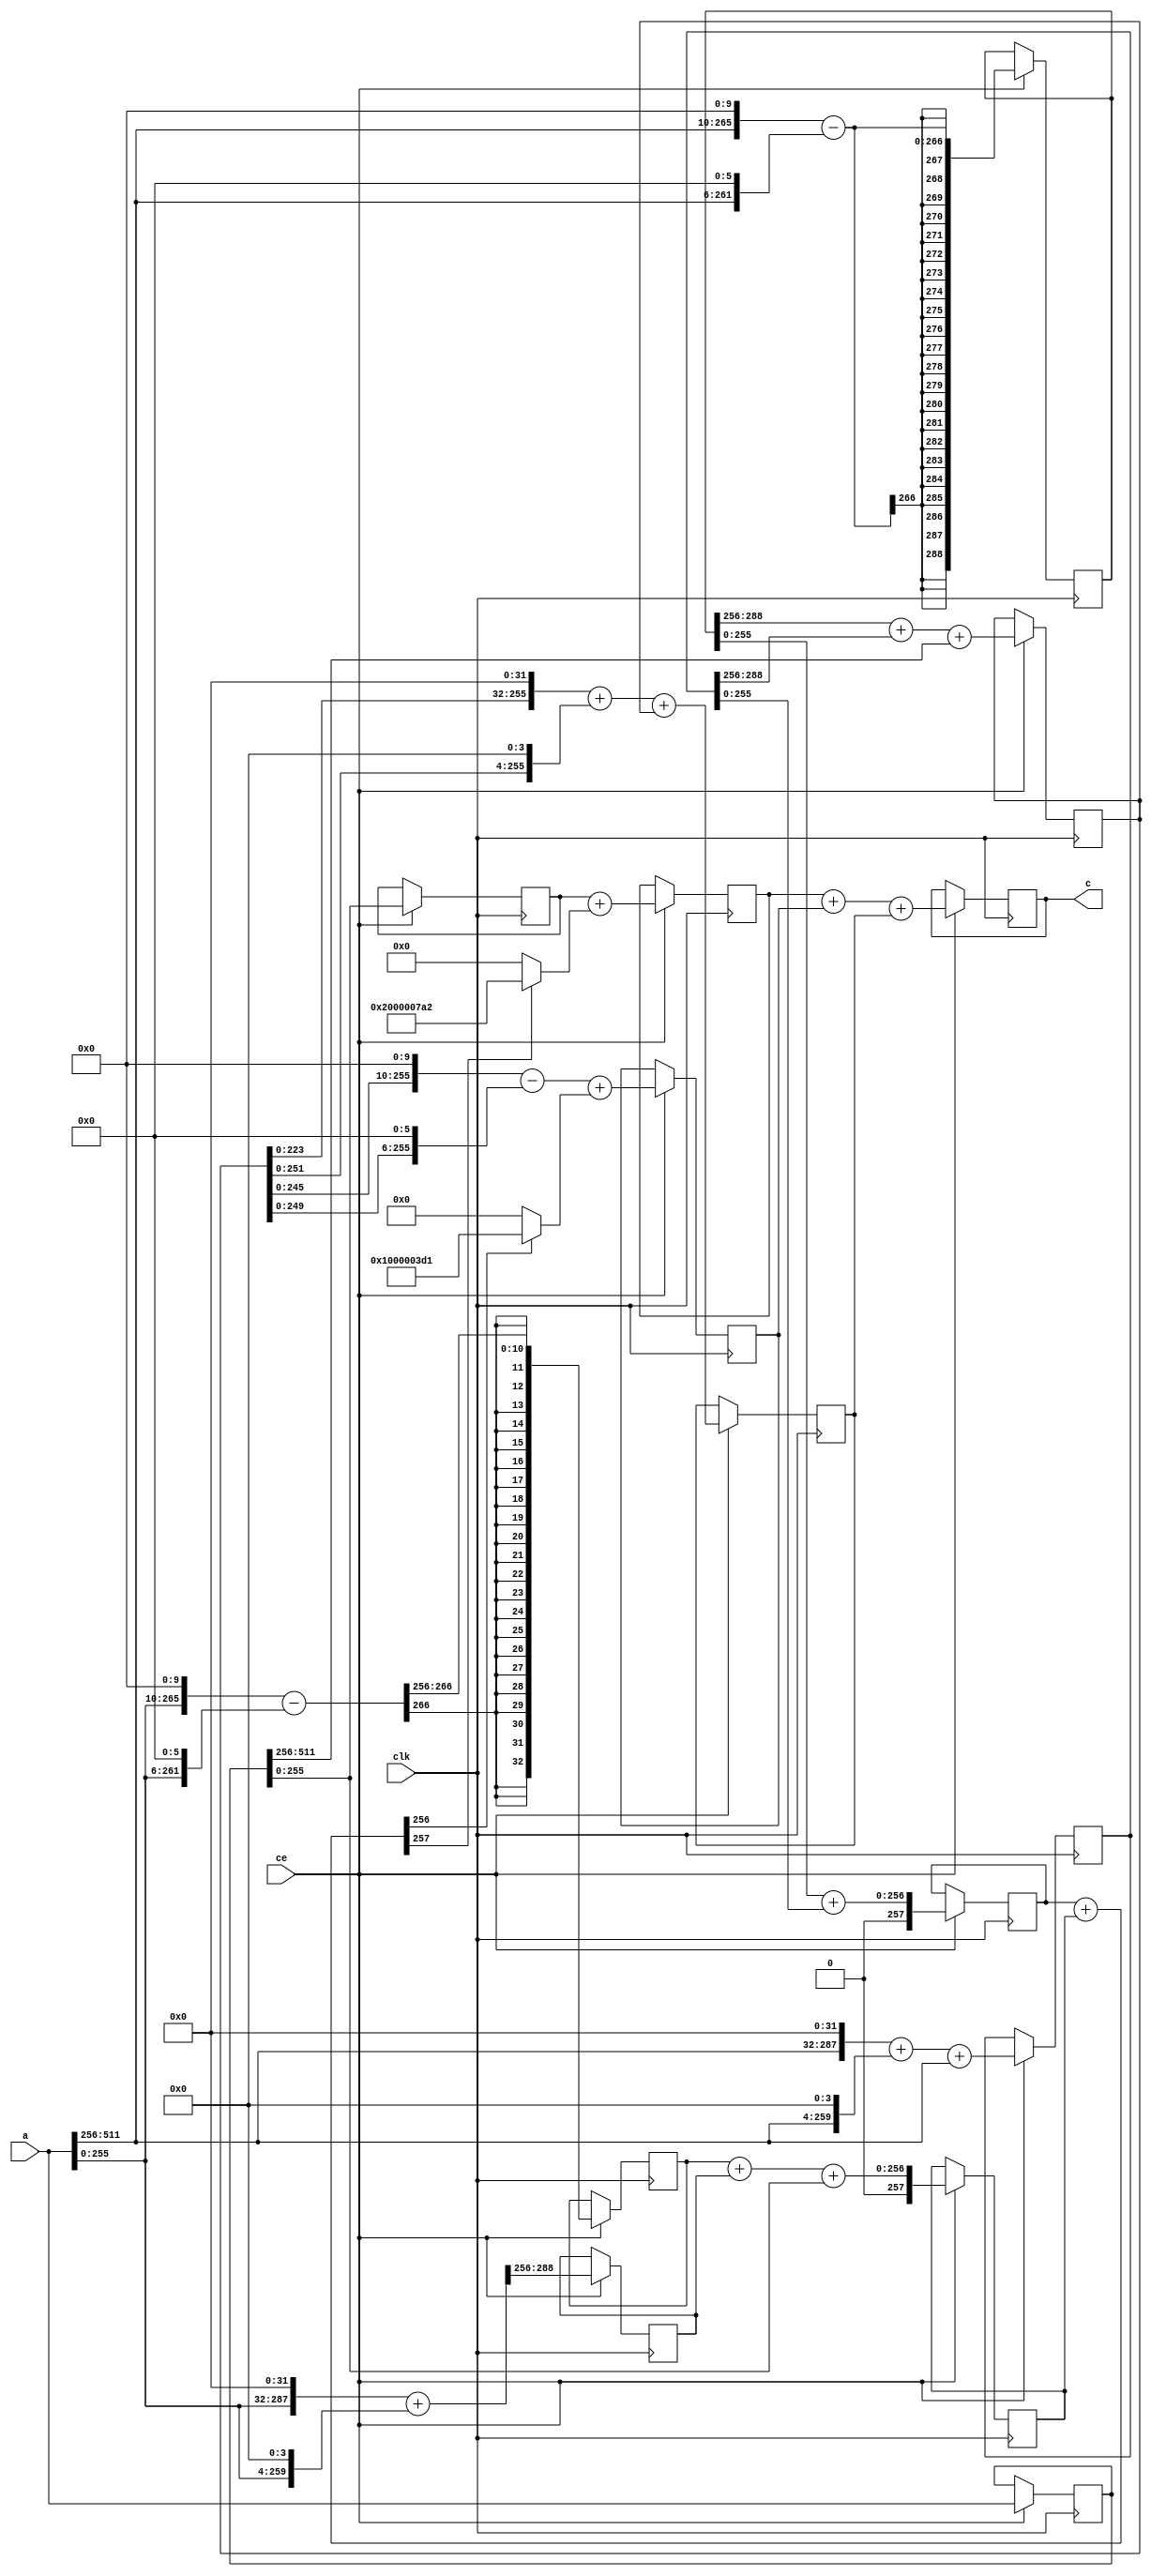
//-------------------------------------------------------------------------------
// Copyright (c) 2017-2021 AsicVault OU
//
//
// Description : High speed 512-bit pipelined secp256k1 modulo prime accelerator
//               https://en.bitcoin.it/wiki/Secp256k1
//
// License     : Solderpad Hardware License v2.1 with Commons Clause, LICENSE.md
//
//
// Pr = 1 00000000 00000000 00000000 00000000 00000000 00000000 00000001 000003D1 
//    = 2^256 + 2^32 +  2^9 + 2^8 + 2^7 + 2^6 + 2^4 + 2^0
//    = 2^256 + 2^32 + 2^10 - 2^6 + 2^4 + 2^0
//
// C = A - (A_high*Pr)>>256 * P {- P} {- P}
// Y = (A_high*Pr)>>256
// C = A - Y*P {- P}
//
//-------------------------------------------------------------------------------

module mod_secp256k1_prime_exact #(parameter p=256) (
	input 			    clk,
	input               ce,
	input	[p*2-1:0]   a,      // 512-bit input
	output  [p-1:0]     c
);

	reg	[p+32:0]    yA;
	reg	[p+32:0]    yB;
	reg	[p*2-1:0]   ar;
	reg	[32:0]      zA;
	reg	[32:0]      zB;

	reg	[p-1:0]     y;
	reg	[p+1:0]     z_plusA;
	reg	[p+1:0]     z_plusB;
	reg	[p-1:0]     ar2;

	reg [p-1:0]     p_plusA;
	reg [p-1:0]     p_plusB;
	reg	[p-1:0]     ar3;

	reg [p-1:0] cr;

    assign c = cr;

    wire [p+32:0] ywA   = {a[p*2-1:p],10'b0} - {a[p*2-1:p],6'b0};				// A_high
    wire [p+32:0] ywB   = {a[p*2-1:p],32'b0} + {a[p*2-1:p],4'b0} + a[p*2-1:p];	// A_high

    wire [p+32:0] zwA   = {a[p-1:0],10'b0} - {a[p-1:0],6'b0};					// A_low
    wire [p+32:0] zwB   = {a[p-1:0],32'b0} + {a[p-1:0],4'b0};

    wire [p+1:0] z_plus = z_plusA + z_plusB;

	always @(posedge clk)
		if (ce) begin
            yA <= ywA;
            yB <= ywB;
            ar <= a;
            zA <= zwA[p+32:p];
            zB <= zwB[p+32:p];

            y <= yA[p+32:p] + yB[p+32:p] + ar[p*2-1:p];
            ar2 <= ar[p-1:0];                           // low part only
            z_plusA <= yA[p-1:0] + yB[p-1:0];           // 256+2 bits
            z_plusB <= zA + zB + ar[p-1:0]; 			// (ar_low<<256 + zwA + zwB )>>256
   
            // P = 2^256 - 2^32 - 2^9 - 2^8 - 2^7 - 2^6 - 2^4 - 2^0
            p_plusA <= {y,10'b0} - {y,6'b0} + (z_plus[p] ? 33'h1000003D1 : 0);
            p_plusB <= {y,32'b0} + {y,4'b0} + y;
            ar3 <= ar2 + (z_plus[p+1] ? 34'h2000007A2 : 0);

            cr <= ar3 + p_plusA + p_plusB; 
		end

endmodule

module mod_secp256k1_prime_simple #(parameter p=256, parameter exact=1) (
	input 			    clk,
	input               ce,
	input	[p*2-1:0]   a,      // 512-bit input
	output  [p+2-1:0]   c
);

	reg	[32:0]      yA;
	reg	[32:0]      yB;
	reg	[p*2-1:0]   ar;

	reg	[p-1:0]     y;
	reg	[p*2-1:0]   ar2;

	reg [p+32:0]    p_plusA;
	reg [p+32:0]    p_plusB;
	reg	[p*2-1:0]   ar3;

	reg [p+2-1:0] cr;
	reg [p+2-1:0] crr;
	
    assign c = exact? {2'b0,crr[p-1:0]} : cr;   // assign smallest cr vs cr2

    wire [p+32:0] ywA   = {a[p*2-1:p],10'b0} - {a[p*2-1:p],6'b0};				// A_high
    wire [p+32:0] ywB   = {a[p*2-1:p],32'b0} + {a[p*2-1:p],4'b0} + a[p*2-1:p];	// A_high

	always @(posedge clk)
		if (ce) begin

            yA <= ywA[p+32:p];
            yB <= ywB[p+32:p];
            ar <= a;

            y <= ar[p*2-1:p] + yA + yB;
            ar2 <= ar;

            // P = 2^256 - 2^32 - 2^9 - 2^8 - 2^7 - 2^6 - 2^4 - 2^0
            p_plusA <= {y,10'b0} - {y,6'b0};
            p_plusB <= {y,32'b0} + {y,4'b0} + y;
            ar3 <= ar2 - {y,256'b0};

            cr <= ar3 + p_plusA + p_plusB;

            crr <= cr + ( cr >= 258'h0FFFFFFFFFFFFFFFFFFFFFFFFFFFFFFFFFFFFFFFFFFFFFFFFFFFFFFFEFFFFFC2F ?
						( cr >= 258'h1FFFFFFFFFFFFFFFFFFFFFFFFFFFFFFFFFFFFFFFFFFFFFFFFFFFFFFFDFFFFF85E ?
								34'h2000007A2 : 33'h1000003D1) : 0 );

            //  Y = A_high * Pr >> 256
            //  Result = A512 - Y * P = A512 - {Y,256'b0} - Y_plus
		end

endmodule

module mod_secp256k1_prime_simple_hs #(parameter p=256, parameter exact=1) (
	input 			    clk,
	input				sreset,
	input				areset,
	input				ival,
	output				irdy,
	input	[p*2-1:0]   a,      // 512-bit input
	output				oval,
	input				ordy,
	output  [p+2-1:0]   c
);

	reg [p*2-1:0] a0;

	reg	[32:0]      yA;
	reg	[32:0]      yB;
	reg	[p*2-1:0]   ar;

	reg	[p-1:0]     y;
	reg	[p*2-1:0]   ar2;

	reg [p+32:0]    p_plusA;
	reg [p+32:0]    p_plusB;
	reg	[p*2-1:0]   ar3;

	reg [p+2-1:0] cr;
	reg [p+2-1:0] crr;
	
    assign c = exact? {2'b0,crr[p-1:0]} : cr;   // assign smallest cr vs cr2

    wire [p+32:0] ywA   = {a0[p*2-1:p],10'b0} - {a0[p*2-1:p],6'b0};					// A_high
    wire [p+32:0] ywB   = {a0[p*2-1:p],32'b0} + {a0[p*2-1:p],4'b0} + a0[p*2-1:p];	// A_high

	reg val1=0, val2=0, val3=0, val4=0, val5=0, val0=0;;
	wire rdy1, rdy2, rdy3, rdy4, rdy5, rdy0;
	
	assign irdy = val0? rdy0 : 1'b1;
	assign rdy0 = val1? rdy1 : 1'b1;
	assign rdy1 = val2? rdy2 : 1'b1;
	assign rdy2 = val3? rdy3 : 1'b1;
	assign rdy3 = val4? rdy4 : 1'b1;
	assign rdy4 = exact? (val5? rdy5 : 1'b1) : ordy;
	
	assign oval = exact? val5 : val4;
	assign rdy5 = ordy;
	
	always @(posedge clk or posedge areset) begin
		if (sreset | areset) begin
			val0 <= 1'b0;
			val1 <= 1'b0;
			val2 <= 1'b0;
			val3 <= 1'b0;
			val4 <= 1'b0;
			val5 <= 1'b0;
		end else begin
			val0 <= val0? (rdy0? ival : val0) : ival;
			val1 <= val1? (rdy1? val0 : val1) : val0;
			val2 <= val2? (rdy2? val1 : val2) : val1;
			val3 <= val3? (rdy3? val2 : val3) : val2;
			val4 <= val4? (rdy4? val3 : val4) : val3;
			val5 <= val5? (rdy5? val4 : val5) : val4;
		end
	end
	
	
	always @(posedge clk) begin
			if (ival & irdy) begin
				a0 <= a;
			end

			if (val0 & rdy0) begin
				yA <= ywA[p+32:p];
				yB <= ywB[p+32:p];
				ar <= a0;
			end

			if (val1 & rdy1) begin
				y <= ar[p*2-1:p] + yA + yB;
				ar2 <= ar;
			end

			// P = 2^256 - 2^32 - 2^9 - 2^8 - 2^7 - 2^6 - 2^4 - 2^0
			if (val2 & rdy2) begin
				p_plusA <= {y,10'b0} - {y,6'b0};
				p_plusB <= {y,32'b0} + {y,4'b0} + y;
				ar3 <= ar2 - {y,256'b0};
			end

			if (val3 & rdy3) begin
				cr <= ar3 + p_plusA + p_plusB;
			end

			if (val4 & rdy4) begin
				crr <= cr + ( cr >= 258'h0FFFFFFFFFFFFFFFFFFFFFFFFFFFFFFFFFFFFFFFFFFFFFFFFFFFFFFFEFFFFFC2F ?
							( cr >= 258'h1FFFFFFFFFFFFFFFFFFFFFFFFFFFFFFFFFFFFFFFFFFFFFFFFFFFFFFFDFFFFF85E ?
									34'h2000007A2 : 33'h1000003D1) : 0 );
			end
	end
	
endmodule

module mod_secp256k1_prime_simple_small #(parameter p=256, parameter exact=1) (
	input					clk		,
	input					rst		,
	input					val		,
	output					rdy		,
	input		[p*2-1:0]	a		,      // 512-bit input
	output		[p+2-1:0]	c		
);

	reg [2:0] phase = 0;
	assign rdy = phase == (exact? 3'd6 : 3'd5);

    wire [p+32:0] ywA   = {a[p*2-1:p],10'b0} - {a[p*2-1:p],6'b0};				// A_high
    wire [p+32:0] ywB   = {a[p*2-1:p],32'b0} + {a[p*2-1:p],4'b0} + a[p*2-1:p];	// A_high

	reg  [p+32:0] yA;
	reg  [p-1:0]  y;
	reg  [p+2-1:0]  cr;
	assign c = exact? {2'b0,cr[p-1:0]} : cr;

	always @(posedge clk) begin
		if (val) begin
			phase <= rdy? phase : phase + 1'b1;
			case (phase)
				3'd0: begin y <= a[p*2-1:p] + ywA[p+32:p]; end
				3'd1: begin y <= y + ywB[p+32:p]; end
				3'd2: begin cr <= a - {y,256'd0} + y; yA <= {y,10'b0} - {y,6'b0}; end
				3'd3: begin cr <= cr + yA; yA <= {y,32'b0} + {y,4'b0}; end
				3'd4: cr <= cr + yA;
				3'd5: if (exact)
					cr <= cr + ( cr >= 258'h0FFFFFFFFFFFFFFFFFFFFFFFFFFFFFFFFFFFFFFFFFFFFFFFFFFFFFFFEFFFFFC2F ?
							   ( cr >= 258'h1FFFFFFFFFFFFFFFFFFFFFFFFFFFFFFFFFFFFFFFFFFFFFFFFFFFFFFFDFFFFF85E ?
									   34'h2000007A2 : 33'h1000003D1) : 0 );
				default: ; 
			endcase
		end else begin
			phase <= 0;
		end
	end
	
endmodule

module mod_secp256k1_prime_simple_small_hs #(parameter p=256, parameter exact=1) (
	input					clk			,
	input					rst			,
	input					ival		,
	output					irdy		,
	output	reg				oval	= 0	,
	input					ordy		,
	input		[p*2-1:0]	a			,	// 512-bit input
	output		[p+2-1:0]	c		
);

	reg [2:0] phase = 0;
	assign rdy = phase == (exact? 3'd6 : 3'd5);

    wire [p+32:0] ywA   = {a[p*2-1:p],10'b0} - {a[p*2-1:p],6'b0};				// A_high
    wire [p+32:0] ywB   = {a[p*2-1:p],32'b0} + {a[p*2-1:p],4'b0} + a[p*2-1:p];	// A_high

	reg  [p+32:0] yA, yB;
	reg  [p-1:0]  y, y1;
	reg  [p+2-1:0]  cr, cr1;
	assign c = exact? {2'b0,cr[p-1:0]} : cr;

	wire ena = oval? (ival & (phase < 2)) : (ival | (phase > 0));
	
	always @(posedge clk) begin
		if (ena) begin
			phase <= oval? 0 : phase + 1'b1;
			case (phase)
				3'd0: begin y <= a[p*2-1:p] + ywA[p+32:p]; y1 <= ywB; end
				3'd1: begin y <= y + y1 + ywB[p+32:p]; end
				3'd2: begin cr1 <= a - {y,256'd0} + y; yA <= {y,10'b0} - {y,6'b0}; yB <= {y,32'b0} + {y,4'b0}; end
				3'd3: begin cr <= cr1 + yA + yB; end
				3'd4: cr <= cr + yA;
				3'd5: if (exact)
					cr <= cr + ( cr >= 258'h0FFFFFFFFFFFFFFFFFFFFFFFFFFFFFFFFFFFFFFFFFFFFFFFFFFFFFFFEFFFFFC2F ?
							   ( cr >= 258'h1FFFFFFFFFFFFFFFFFFFFFFFFFFFFFFFFFFFFFFFFFFFFFFFFFFFFFFFDFFFFF85E ?
									   34'h2000007A2 : 33'h1000003D1) : 0 );
				default: ; 
			endcase
		end
	end
	
	assign irdy = (phase == 2);
	
	always @(posedge clk)
		if (rst) begin
			oval <= 1'b0;
		end else begin
			if (oval)
				oval <= ~ordy;
			else 
				oval <=(phase == 3'd5);
		end
	
endmodule